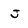
Character: J